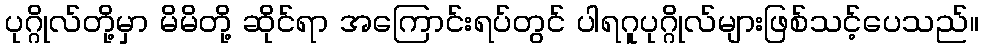
ပုဂ္ဂိုလ်တို့မှာ မိမိတို့ ဆိုင်ရာ အကြောင်းရပ်တွင် ပါရဂူပုဂ္ဂိုလ်များဖြစ်သင့်ပေသည်။